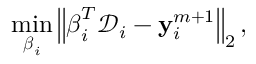
\operatorname* { m i n } _ { \boldsymbol { \beta } _ { i } } \left\| \boldsymbol { \beta } _ { i } ^ { T } \mathcal { D } _ { i } - \mathbf { y } _ { i } ^ { m + 1 } \right\| _ { 2 } ,